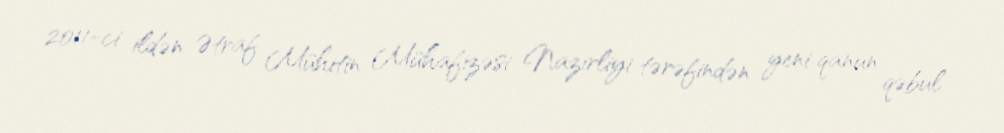
2011-ci ildən Ətraf Mühitin Mühafizəsi Nazirliyi tərəfindən yeni qanun qəbul